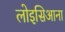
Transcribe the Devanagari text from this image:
लोइसिआना